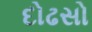
દોઢસો